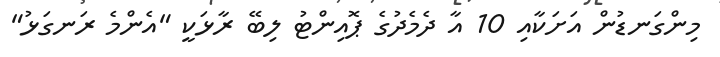
މިންގަނޑުން އަށަކާއި 10 އާ ދެމެދުގެ ޕޮއިންޓު ލިބޭ ރާޅަކީ "އެންމެ ރަނގަޅު"